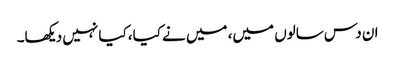
ان دس سالوں میں، میں نے کیا، کیا نہیں دیکھا۔